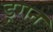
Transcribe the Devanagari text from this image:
ड्रगन